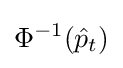
\Phi ^{-1}({\hat {p}}_{t})